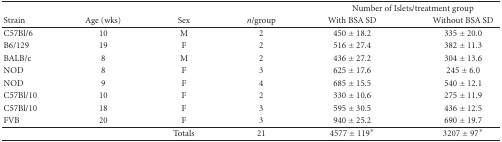
|  |  |  |  | <COLSPAN=2> Number of Islets/treatment group |
 | Strain | Age (wks) | Sex | n/group | With BSA SD | Without BSA SD |
 | --- | --- | --- | --- | --- | --- |
 | C57Bl/6 | 10 | M | 2 | 450 ± 18.2 | 335 ± 20.0 |
 | B6/129 | 19 | F | 2 | 516 ± 27.4 | 382 ± 11.3 |
 | BALB/c | 8 | M | 2 | 436 ± 27.2 | 304 ± 13.6 |
 | NOD | 8 | F | 3 | 625 ± 17.6 | 245 ± 6.0 |
 | NOD | 9 | F | 4 | 685 ± 15.5 | 540 ± 12.1 |
 | C57Bl/10 | 10 | F | 2 | 330 ± 10.6 | 275 ± 11.9 |
 | C57Bl/10 | 18 | F | 3 | 595 ± 30.5 | 436 ± 12.5 |
 | FVB | 20 | F | 3 | 940 ± 25.2 | 690 ± 19.7 |
 |  |  | Totals | 21 | 4577 ± 119* | 3207 ± 97* |